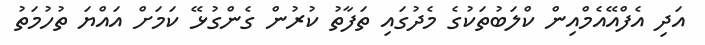
އަދި އެފްއޭއެމްއިން ކްލަބުތަކުގެ މެދުގައި ތަފާތު ކުރުން ގެންގުޅޭ ކަމަށް އައްޔަ ތުހުމަތު